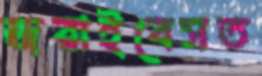
জরাইবেসত